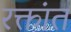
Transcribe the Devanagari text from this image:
रक्तांत